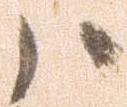
ハ